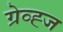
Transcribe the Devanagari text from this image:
ग्रेव्ह्ज